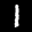
Label: 1